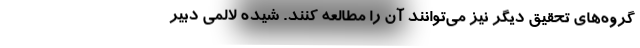
گروه‌های تحقیق دیگر نیز می‌توانند آن را مطالعه کنند. شیده لالمی دبیر